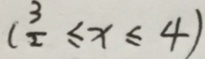
( \frac { 3 } { 2 } \leq x \leq 4 )